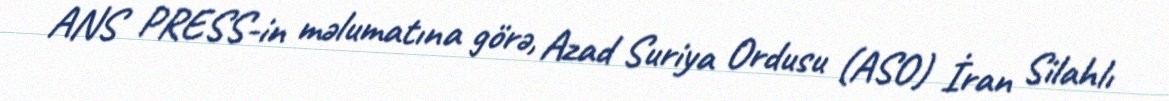
ANS PRESS-in məlumatına görə, Azad Suriya Ordusu (ASO) İran Silahlı